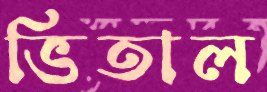
ভিতাল